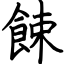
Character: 餗